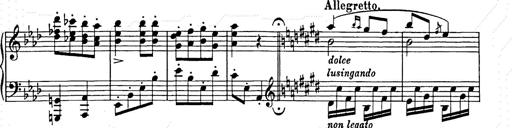
Title: Hungarian Rhapsody No.9
Composer: Franz Liszt
Key: E-flat major